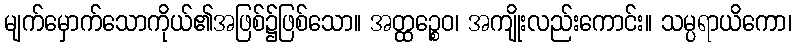
မျက်မှောက်သောကိုယ်၏အဖြစ်၌ဖြစ်သော။ အတ္ထဉ္စေဝ၊ အကျိုးလည်းကောင်း။ သမ္ပရာယိကော၊